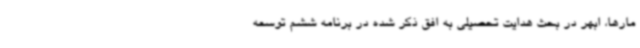
مارها، ابهر در بحث هدایت تحصیلی به افق ذکر شده در برنامه ششم توسعه